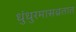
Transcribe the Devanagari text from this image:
धुंधुरमासव्रतात